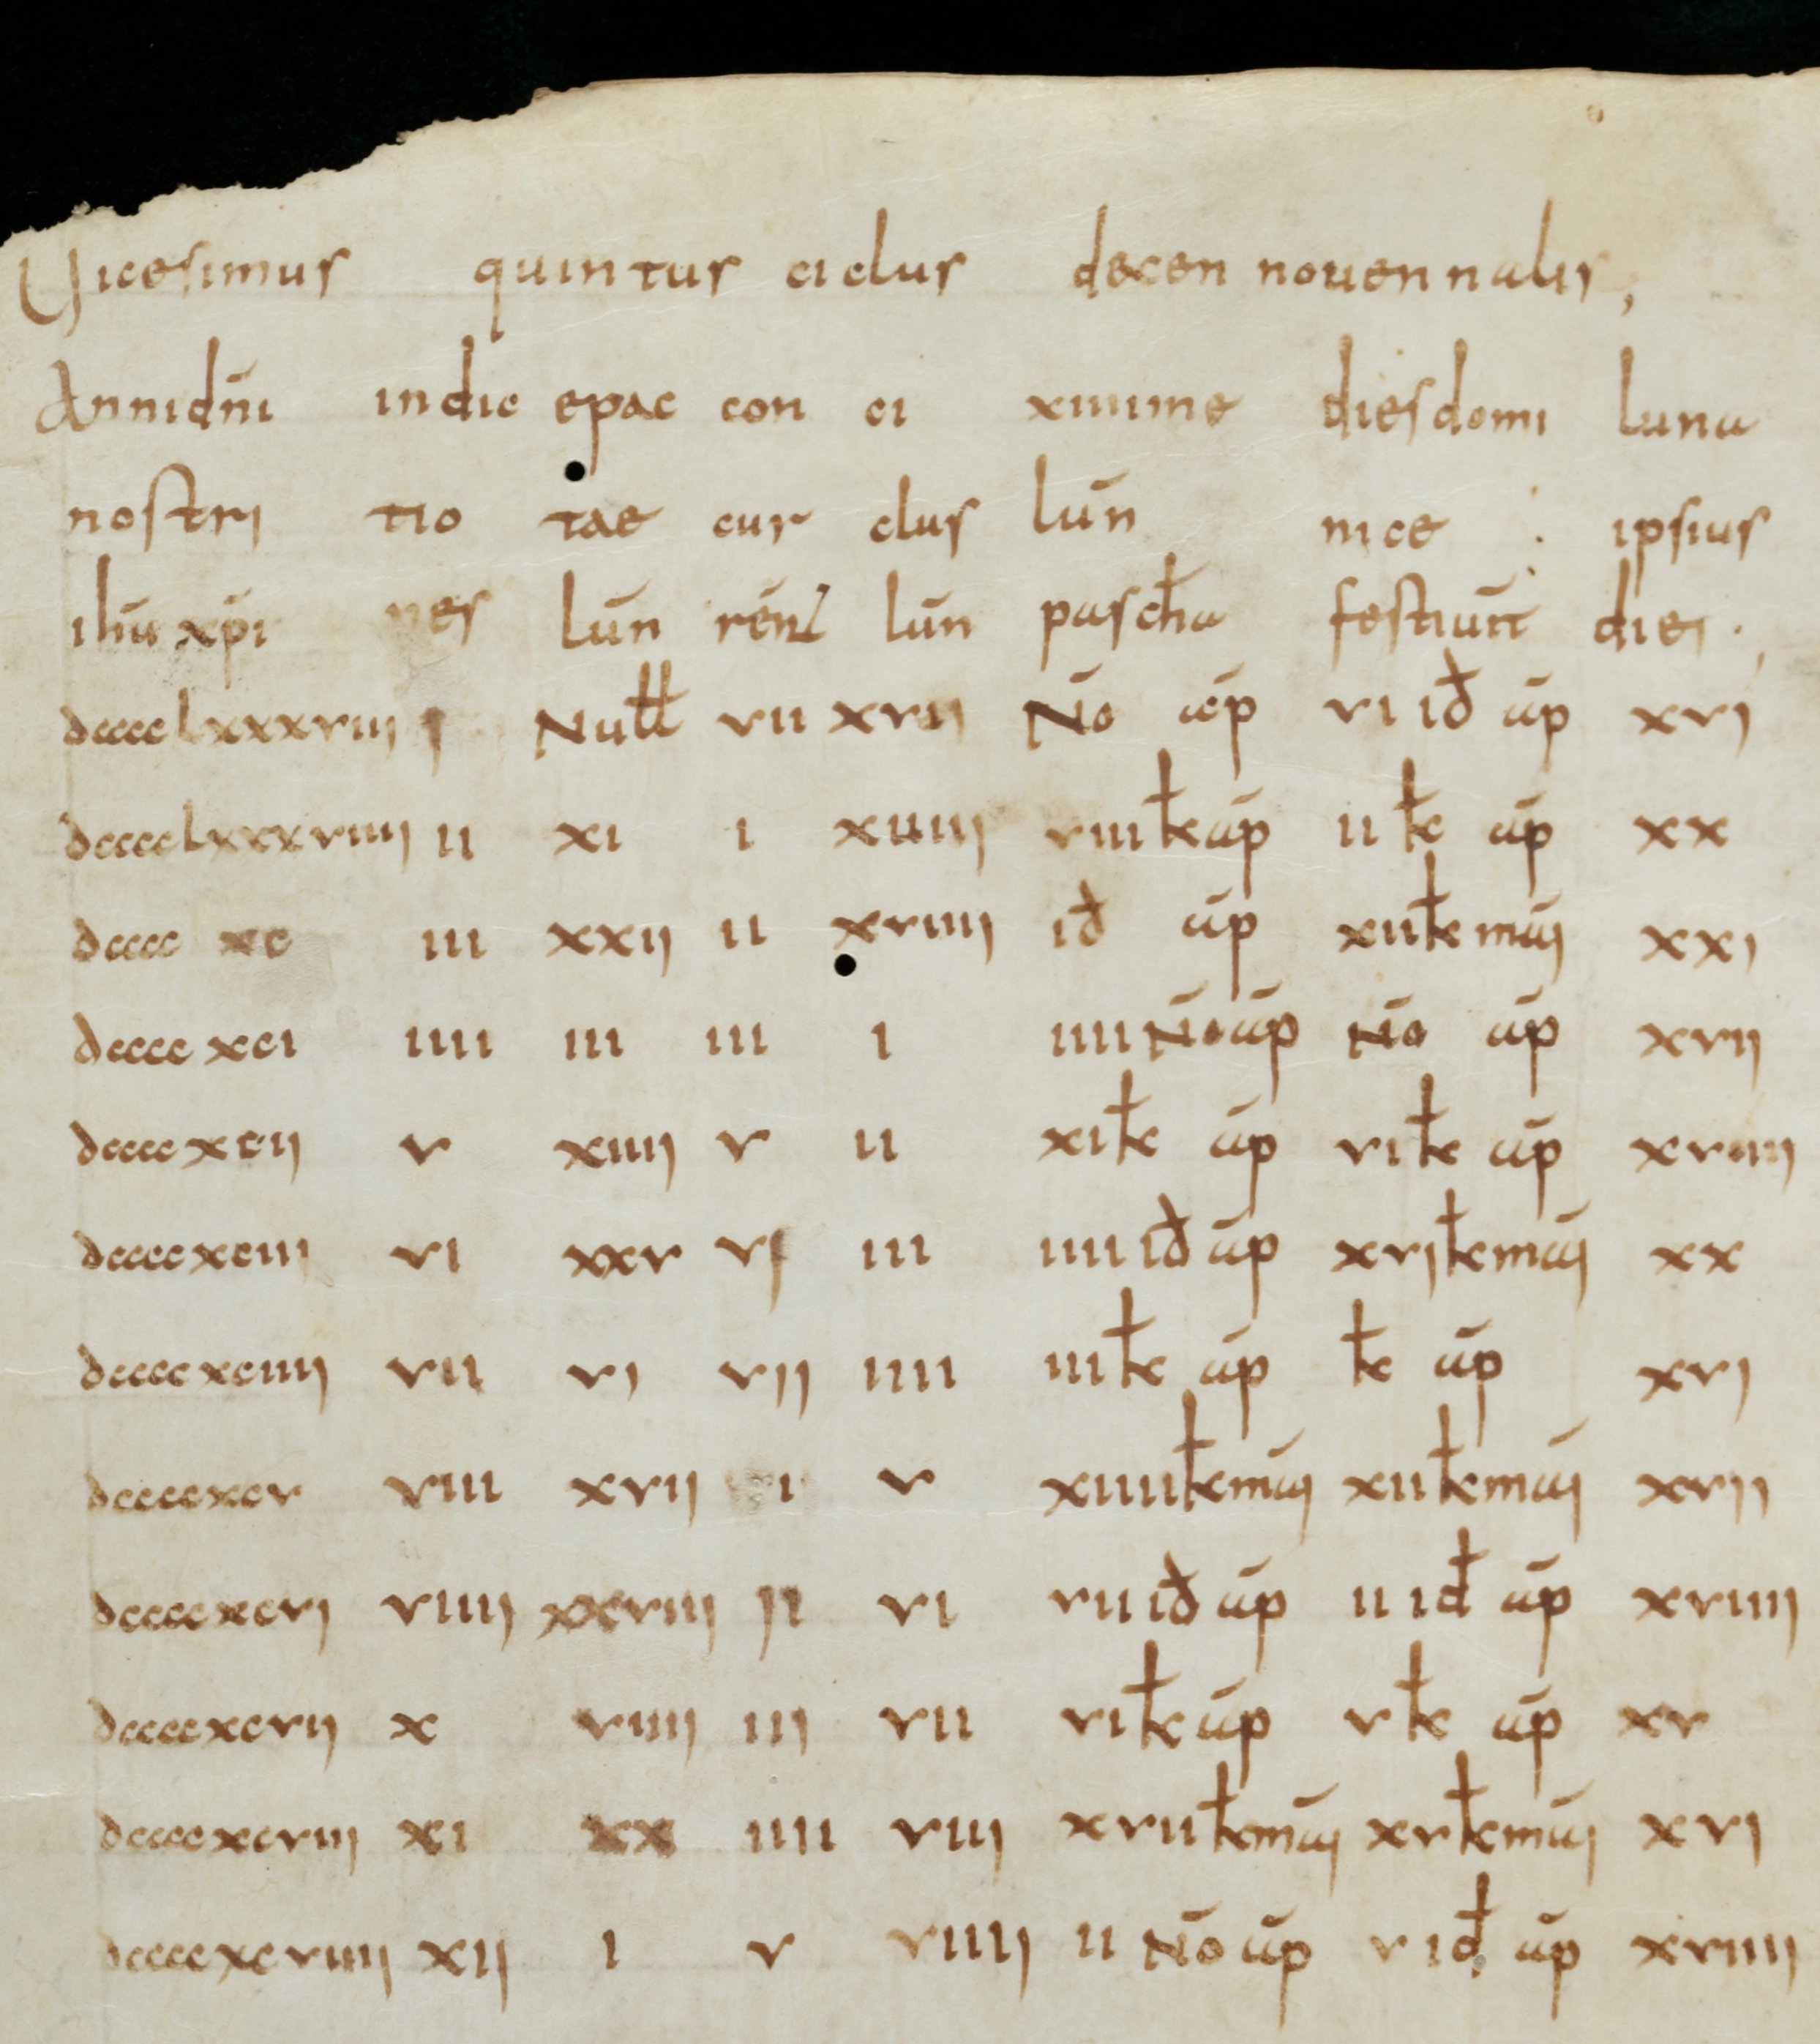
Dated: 800–899